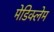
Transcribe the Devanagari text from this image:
मेडिक्लेम